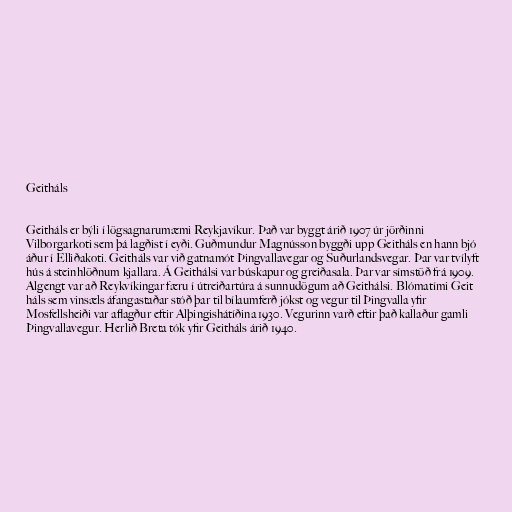
Geitháls

Geitháls er býli í lögsagnarumæmi Reykjavíkur. Það var byggt árið 1907 úr jörðinni
Vilborgarkoti sem þá lagðist í eyði. Guðmundur Magnússon byggði upp Geitháls en hann bjó
áður í Elliðakoti. Geitháls var við gatnamót Þingvallavegar og Suðurlandsvegar. Þar var tvílyft
hús á steinhlöðnum kjallara. Á Geithálsi var búskapur og greiðasala. Þar var símstöð frá 1909.
Algengt var að Reykvíkingar færu í útreiðartúra á sunnudögum að Geithálsi. Blómatími Geit
háls sem vinsæls áfangastaðar stóð þar til bílaumferð jókst og vegur til Þingvalla yfir
Mosfellsheiði var aflagður eftir Alþingishátíðina 1930. Vegurinn varð eftir það kallaður gamli
Þingvallavegur. Herlið Breta tók yfir Geitháls árið 1940.